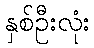
နှစ်ဦးလုံး